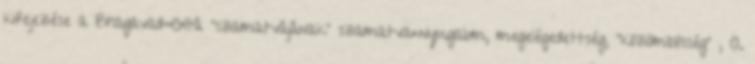
kifejezése a Bhagavad-Gítá "szamatvájának" szamatva=nyugalom, megelégedettség, "közömbösség" , A